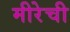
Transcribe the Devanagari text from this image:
मीरेची